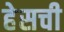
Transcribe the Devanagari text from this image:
हेसची